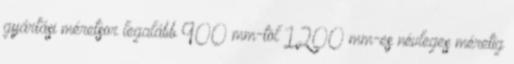
gyártási méretsor legalább 900 mm-tõl 1200 mm-es névleges méretig